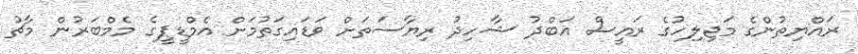
ރައްޔިތުންގެ މަޖިލިހުގެ ރައީސް އަބްދު ޝާހިދު ރިޔާސަތަށް ވަޑައިގަތުމަށް އެމްޑީޕީގެ މެމްބަރުން މާޗު